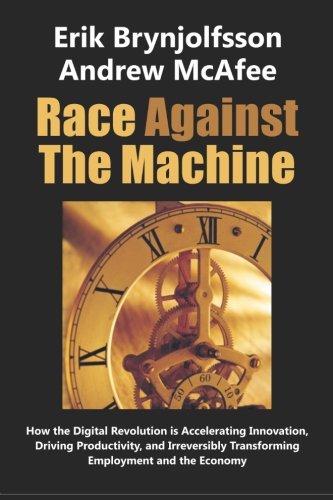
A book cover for Race Against the Machine: How the Digital Revolution is Accelerating Innovation, Driving Productivity, and Irreversibly Transforming Employment and the Economy; Erik Brynjolfsson; Business & Money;